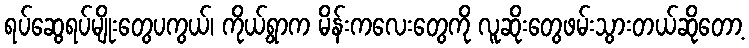
ရပ်ဆွေရပ်မျိုးတွေပကွယ်၊ ကိုယ့်ရွာက မိန်းကလေးတွေကို လူဆိုးတွေဖမ်းသွားတယ်ဆိုတော့